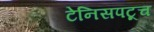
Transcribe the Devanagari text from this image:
टेनिसपटूच